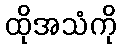
ထိုအသံကို